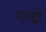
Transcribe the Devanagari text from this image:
एण्ट्री